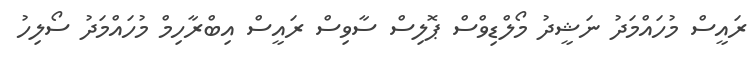
ރައީސް މުހައްމަދު ނަޝީދު މޯލްޑިވްސް ޕޮލިސް ސާވިސް ރައީސް އިބްރާހިމް މުހައްމަދު ސޯލިހު